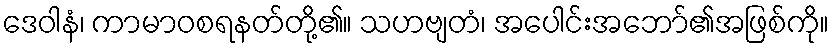
ဒေဝါနံ၊ ကာမာဝစရနတ်တို့၏။ သဟဗျတံ၊ အပေါင်းအဘော်၏အဖြစ်ကို။